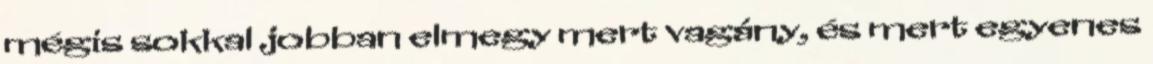
mégis sokkal jobban elmegy mert vagány, és mert egyenes